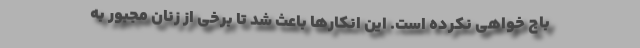
باج خواهی نکرده است. این انکارها باعث شد تا برخی از زنان مجبور به